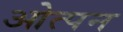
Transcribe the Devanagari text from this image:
ओत्पन